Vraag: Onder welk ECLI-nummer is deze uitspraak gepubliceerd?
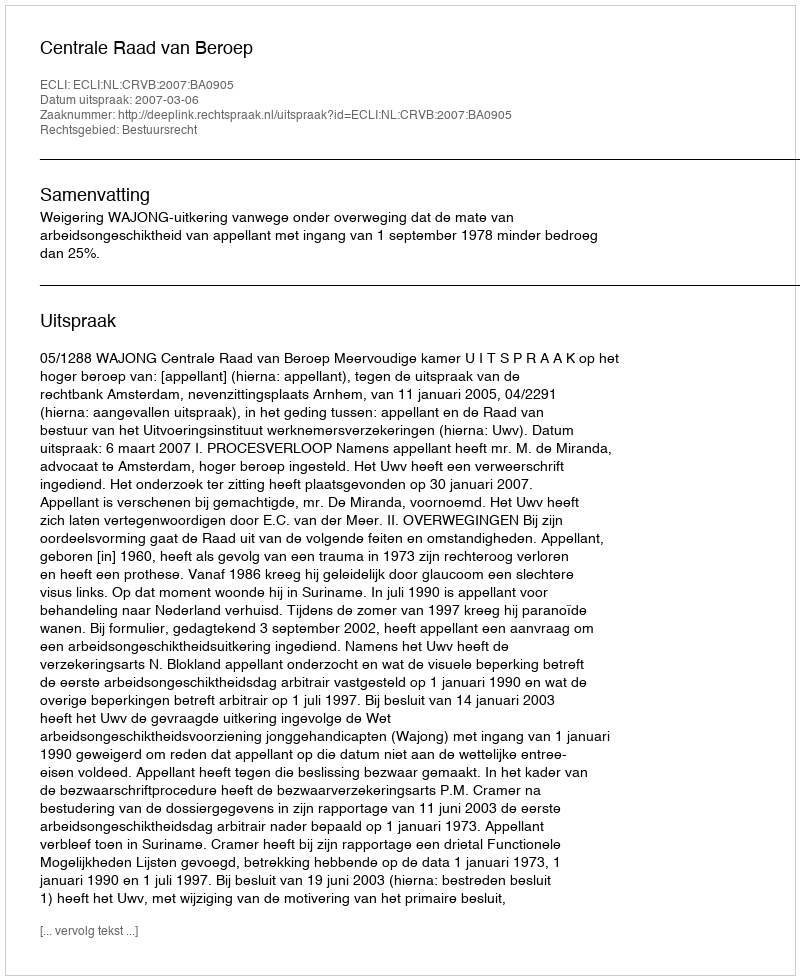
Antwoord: ECLI:NL:CRVB:2007:BA0905